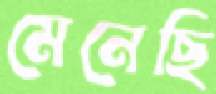
মেনেছি